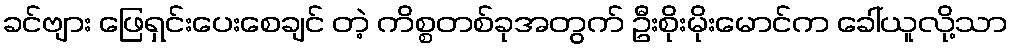
ခင်ဗျား ဖြေရှင်းပေးစေချင် တဲ့ ကိစ္စတစ်ခုအတွက် ဦးစိုးမိုးမောင်က ခေါ်ယူလို့သာ